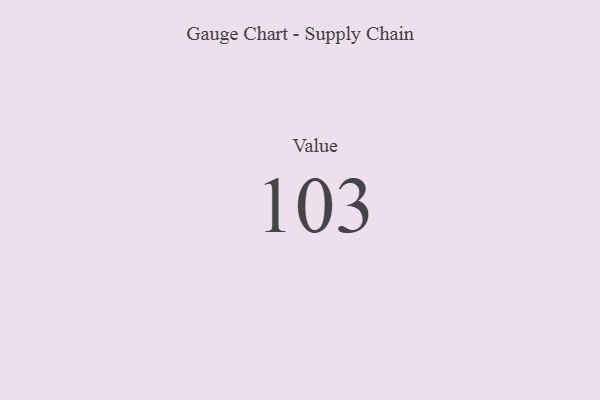
{"axis": {"x": "Metric", "y": "Value"}, "legend": [""], "data": [{"x": "Value", "y": 103, "type": ""}]}